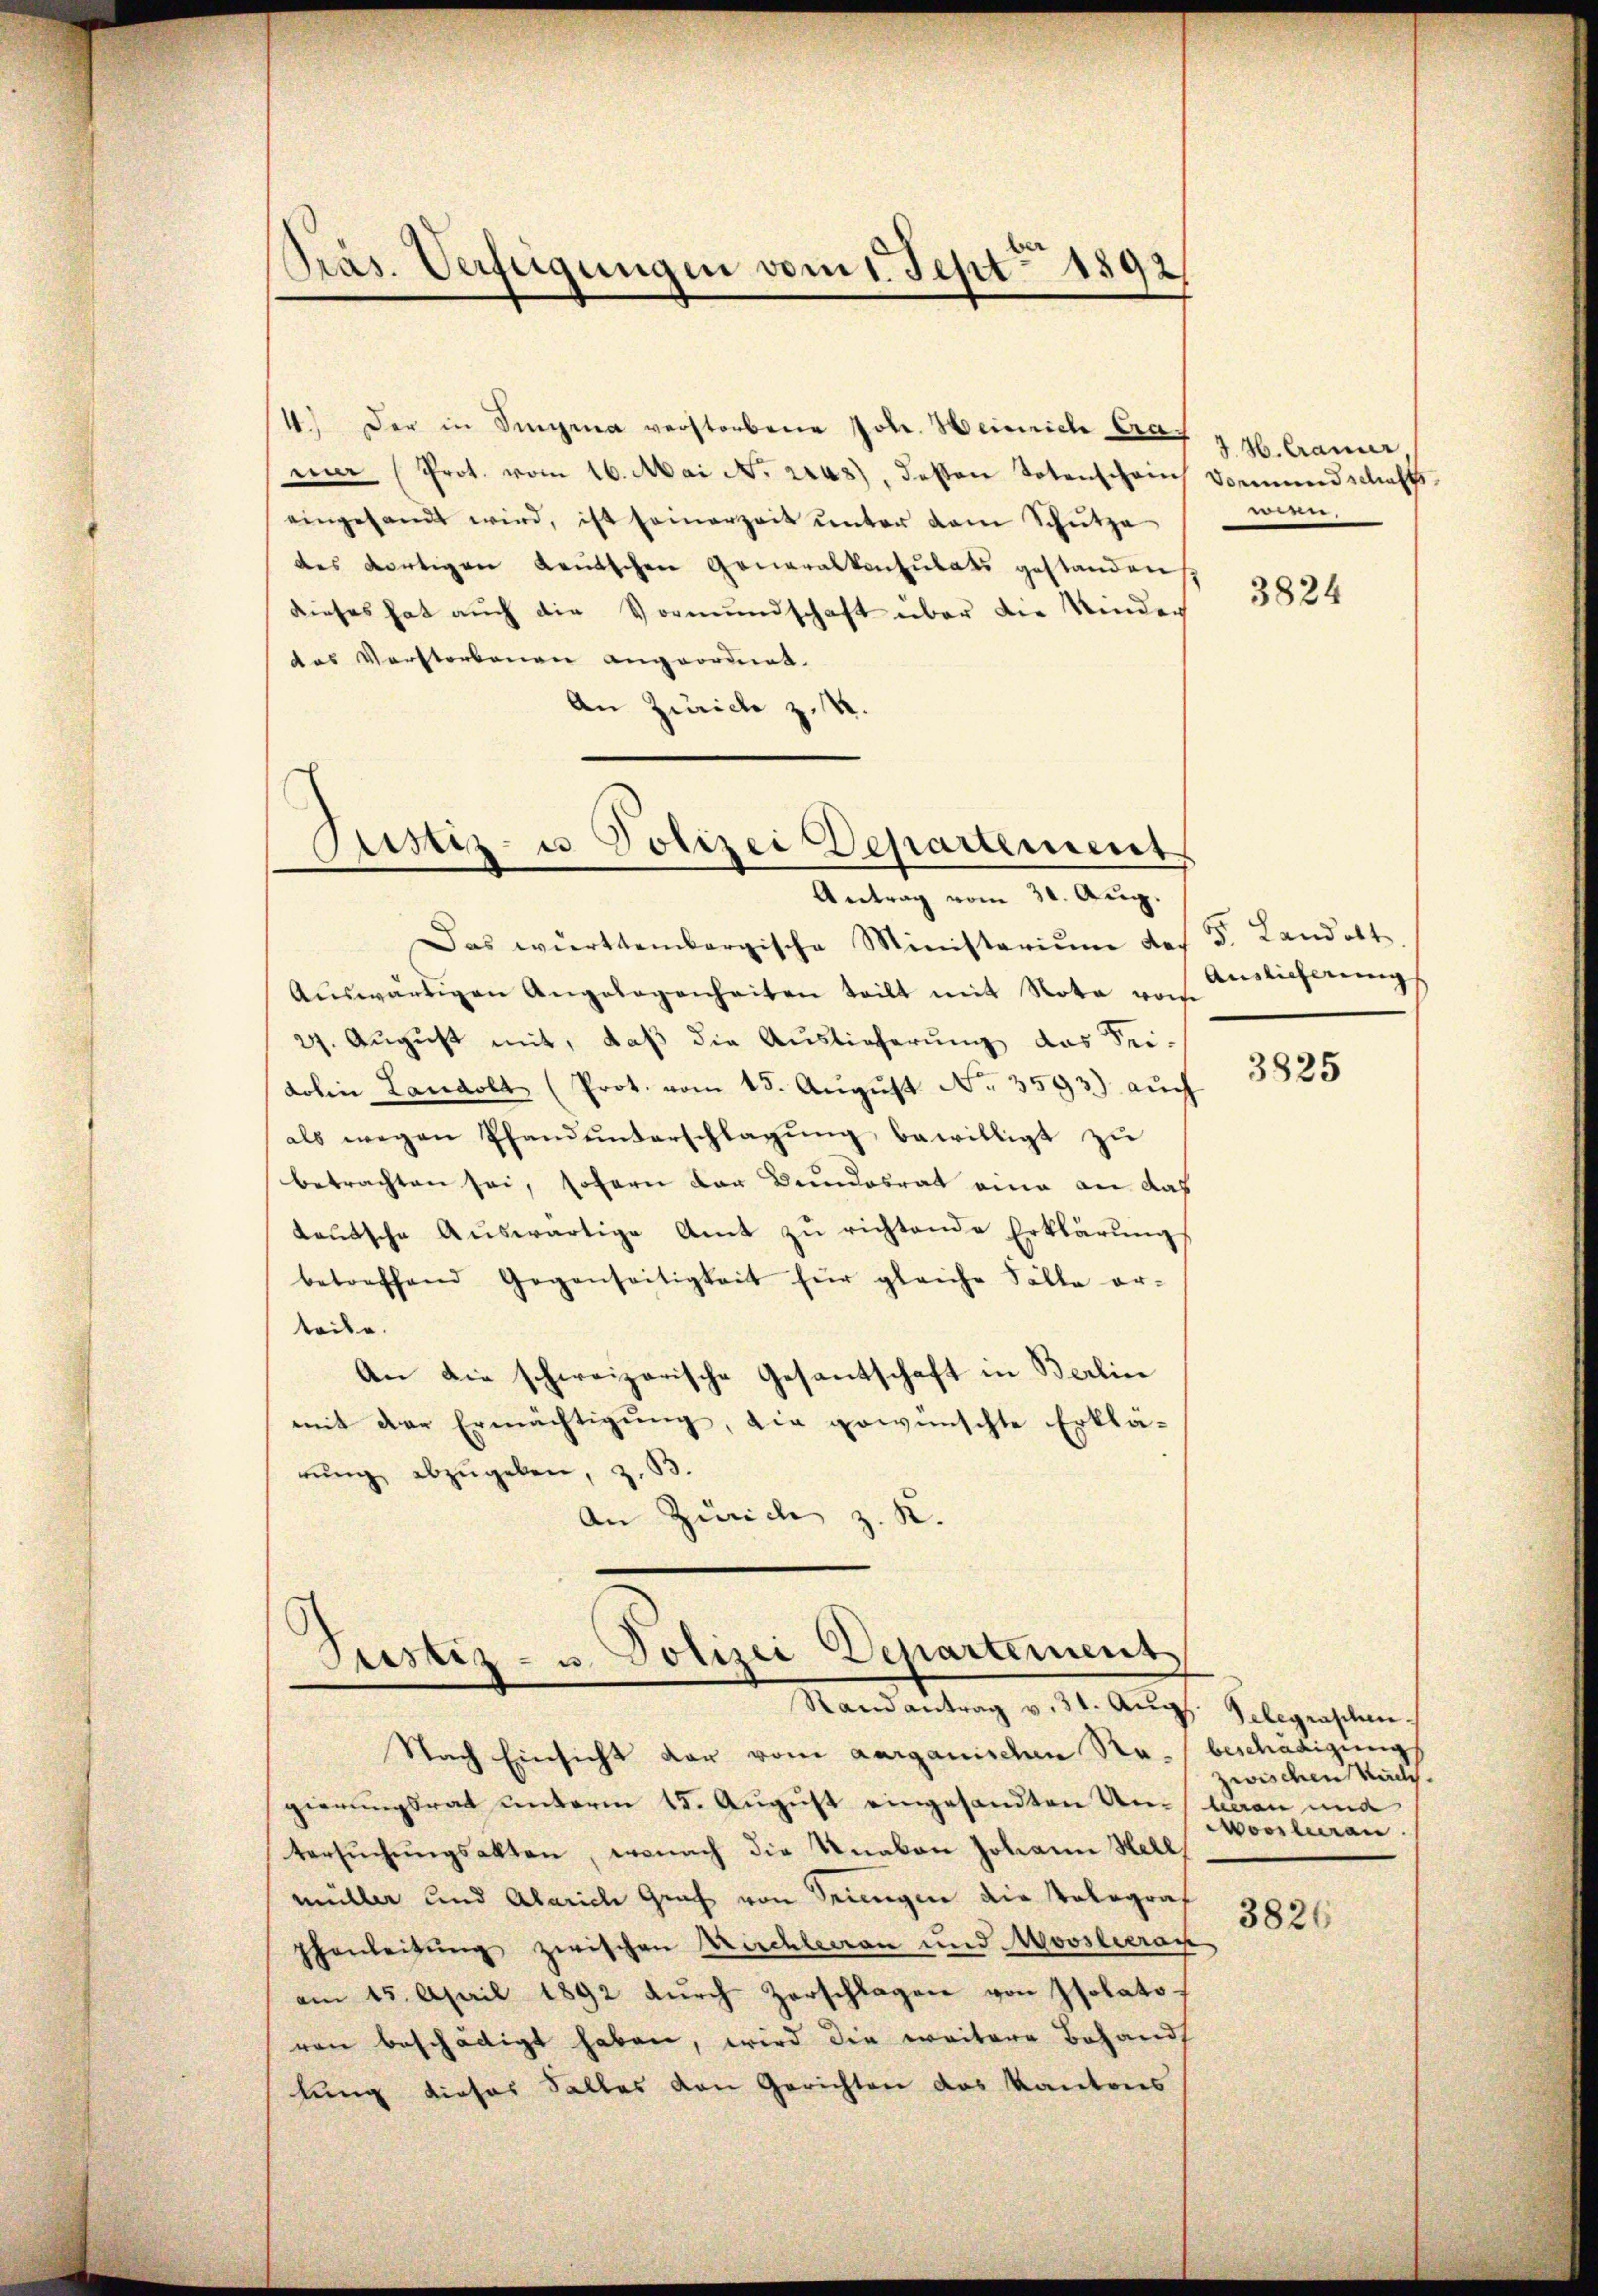
Präs. Verfügungen vom 1. Sept 1892

1.) Der in Singma verstorbene Joh. Heinrich Cramar (Prot. vom 16. Mai No 2243), deßen Totenschein Vormundschafts
eingesamt wird, ist seinerzeit ŭnter dem Schütze
des Fertigen Leutschen Generalkonsulats gestanden
dieses hat auch die Vormundschaft über die Kinden
das Verstorbenen angeordnet.
An Zürich z. R.

Antrag vom 30. Aug.
Das württembergische Ministerium des Dr. Landolt.
Aŭswärtigen Angelegenheiten teilt mit Nota von
27. August mit, daß die Auslieferung das Sei-
dohin Landolt (Prot. vom 15. Aŭgŭst No. 3593) auch
als wegen Pfandunterschlagung bewilligt zu
betrachten sei, sofern der Bundesrat eine an das
teutsche Aŭswärtige Amt zŭ richtende Erklärungs
betreffend Gegenseitigkeit für gleiche Fälle er-
teile.
An die schweizerische Gesantschaft in Berlin
mit der Ermächtigung, die gewünschte Erklärung abzugeben, z.
An Zürich z. K.

Justiz- u. Polizei Departement

Justiz- u. Polizei Departement
Randantrag v. 31. Aŭg. Pelegraschen.

Nach Einsicht der vom aarganischen Re- beschädigungs
gierungsrat unterm 15. August eingesandten Un- heran und
tersŭchŭngsakten, wonach die Unabon Johann Hell
müller und Alarich Graf von Triengen die Telegraf
phenleitung zwischen Kirchleeren und Moosleeran
am 15. April 1892 dŭrch Zerschlagen von Isolatoren beschädigt haben, wird die weitere Behand
lung dieses Falles von Gerichten des Kantons

J. H. Cramer,
.

3824

Auslieferung

3825

zwischen Kalch
Moosluran

3826